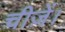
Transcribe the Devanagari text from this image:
चीज़ें।